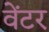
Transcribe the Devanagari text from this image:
वेंटर